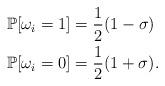
LaTeX: \begin{align*} \mathbb{P}[\omega_i = 1 ] &= \frac{1}{2}(1-\sigma) \\ \mathbb{P}[\omega_i = 0 ] &= \frac{1}{2}(1+\sigma). \end{align*}